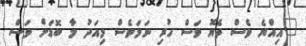
"އިއްޔެ ވެސް ތެޔޮ ވަސް ހުރި ނަމަވެސް މިއަދު މާ ބޮޑަށް ވަސް